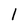
Character: 1